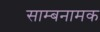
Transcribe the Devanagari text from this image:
साम्बनामक